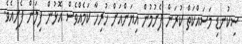
ސިކުނޑި މަސައްކަތް ކުރަން ފެށުމުން އިޔަންއަށް ހުރިހާ ކަމެއްވެސް އޮޅުން ފިލަން ފެށިއެވެ.